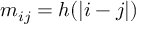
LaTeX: m _ { i j } = h ( | i - j | )